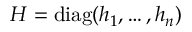
H = \operatorname { d i a g } ( h _ { 1 } , \dots , h _ { n } )